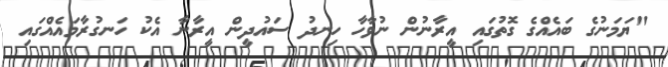
"ޔަަމަނުގެ ބައެއްގެ ގޮތުގައި އީރާނުން ނުވާހާ ހިނދު ސައުދީން އީރާނާ އެކު ހަނގުރާމައެއްގައި